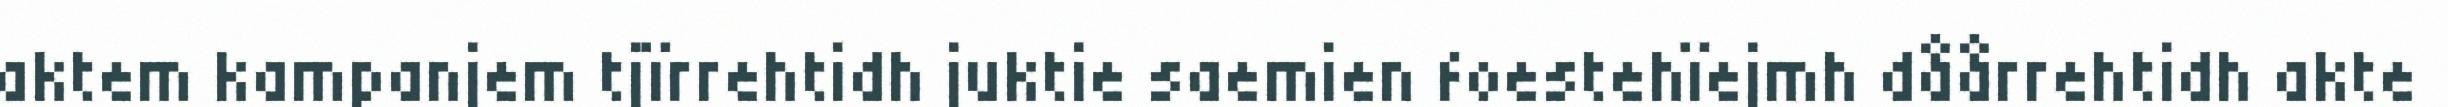
aktem kampanjem tjïrrehtidh juktie saemien foestehïejmh dåårrehtidh akte